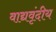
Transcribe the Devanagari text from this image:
वाद्यवृंदीय